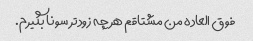
فوق العاده من مشتاقم هر چه زودتر سونا بگیرم.